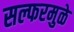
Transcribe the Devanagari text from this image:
सल्फरमुळे